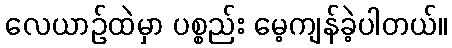
လေယာဉ်ထဲမှာ ပစ္စည်း မေ့ကျန်ခဲ့ပါတယ်။